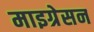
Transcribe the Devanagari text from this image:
माइग्रेसन